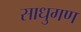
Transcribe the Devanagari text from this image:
साधुगण